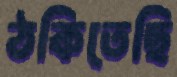
ঠকিতেছি